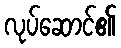
လုပ်ဆောင်၏